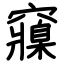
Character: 䆿